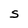
Character: S